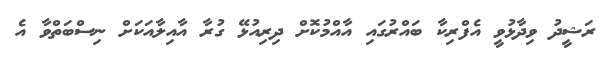
ރަޝީދު ވިދާޅުވީ އެފްރިކާ ބައްރުގައި އާއްމުކޮށް ދިރިއުޅޭ ގުރާ އާއިލާއަކަށް ނިސްބަތްވާ އެ